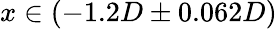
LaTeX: x\in(-1.2D\pm 0.062D)